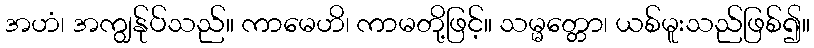
အဟံ၊ အကျွန်ုပ်သည်။ ကာမေဟိ၊ ကာမတို့ဖြင့်။ သမ္မတ္တော၊ ယစ်မူးသည်ဖြစ်၍။